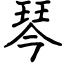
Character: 琴